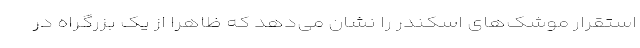
استقرار موشک‌های اسکندر را نشان می‌دهد که ظاهراً از یک بزرگراه در